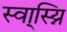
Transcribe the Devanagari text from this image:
स्वा्स्य्नि